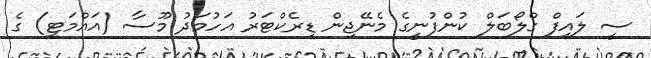
ސީ ލައިފް ގްލޯބަލް ކުންފުނީގެ މެނޭޖިން ޑިރެކްޓަރު އަހުމަދު މޫސާ (އައްމަޓީ) ގެ